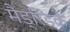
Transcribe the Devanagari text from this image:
मैड्रिडके